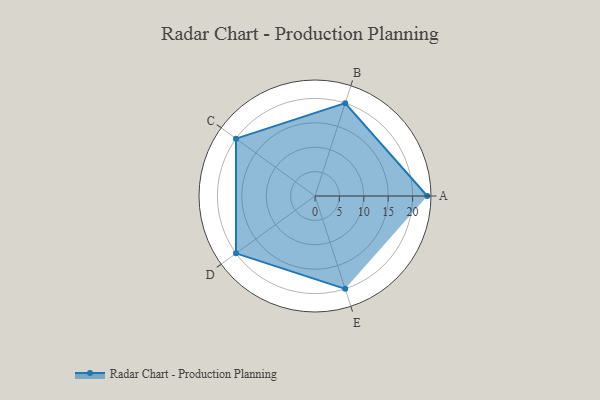
{"axis": {"x": "Skill", "y": "Score"}, "legend": ["Profile"], "data": [{"x": "A", "y": 23.0, "type": "Profile"}, {"x": "B", "y": 20, "type": "Profile"}, {"x": "C", "y": 20, "type": "Profile"}, {"x": "D", "y": 20, "type": "Profile"}, {"x": "E", "y": 20, "type": "Profile"}]}